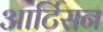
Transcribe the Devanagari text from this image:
आर्टिसन